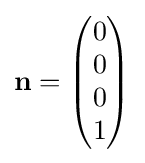
\mathbf {n} ={\begin{pmatrix}0\\0\\0\\1\end{pmatrix}}